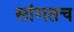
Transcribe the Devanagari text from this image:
सांगतच